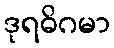
ဒုရဓိဂမာ